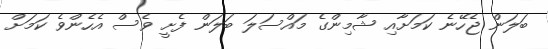
ބަލަން ޖެހޭނެ ކަމަށާއި ޝާމިންގެ މައްސަލަ ބަލަން ފެށީ ވެސް އެހެންވެ ކަމަށް